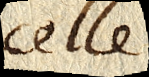
celle